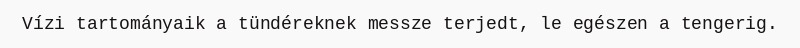
Vízi tartományaik a tündéreknek messze terjedt, le egészen a tengerig.